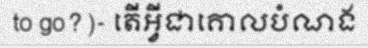
to go?)- តើអ្វីជាគោលបំណង